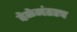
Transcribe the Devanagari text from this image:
वेळेनंतरच